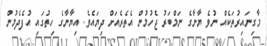
މާގިނައިރުތަކެއް ނުވެ ޔާނާގެ ނަމްބަރު ޖެހުމުން އެތެރެއަށް ދިޔައެވެ. އިޔާނާގެ ހިތުގައި އުފެދެމުން